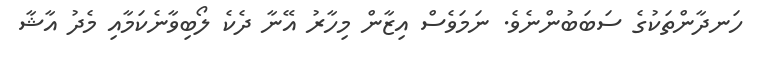
ހަނދާންތަކުގެ ސަބަބުންނެވެ. ނަމަވެސް އިޒާން މިހާރު އޭނާ ދެކެ ލޯބިވާނެކަމާއި މެދު އާޝާ